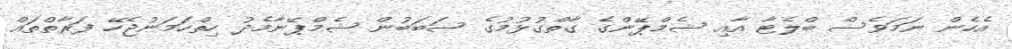
އެހެން ނަމަވެސް ބްލެޓާ އާއި ޝެމްޕޭންގެ ގާތްގުޅުމުގެ ސަބަބުން ޝެމްޕޭނާމެދު ހިތްހަމަނުޖެހޭ ފަރާތްތައް